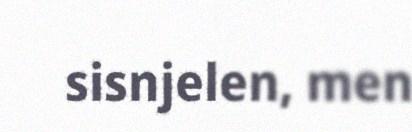
sisnjelen, men